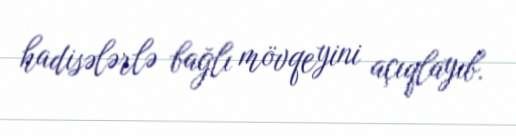
hadisələrlə bağlı mövqeyini açıqlayıb.